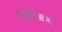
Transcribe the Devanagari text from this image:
स्मिथिआना